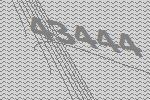
43444